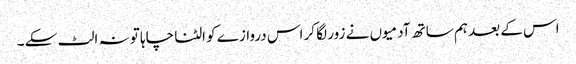
اس کے بعد ہم ساتھ آدمیوں نے زور لگا کر اس دروازے کو الٹنا چاہا تو نہ الٹ سکے ۔